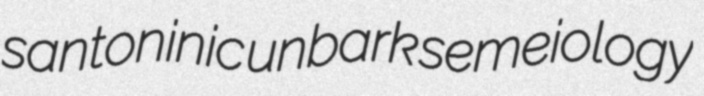
santoninic unbark semeiology